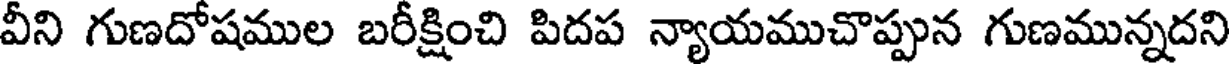
వీని గుణదోషముల బరీక్షించి పిదప న్యాయముచొప్పున గుణమున్నదని